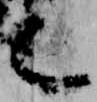
之